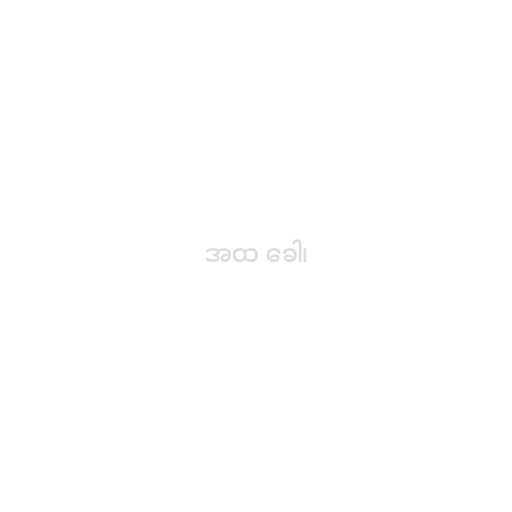
အထ ခေါ၊